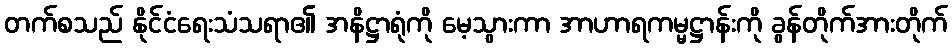
တက်စသည် နိုင်ငံရေးသံသရာ၏ အနိဋ္ဌာရုံကို မေ့သွားကာ အာဟာရကမ္မဋ္ဌာန်းကို ခွန်တိုက်အားတိုက်